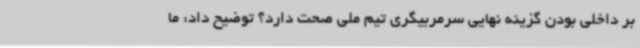
بر داخلی بودن گزینه نهایی سرمربیگری تیم ملی صحت دارد؟ توضیح داد: ما